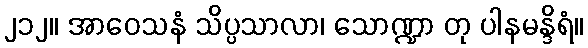
၂၁၂။ အာဝေသနံ သိပ္ပသာလာ၊ သောဏ္ဍာ တု ပါနမန္ဒိရံ။